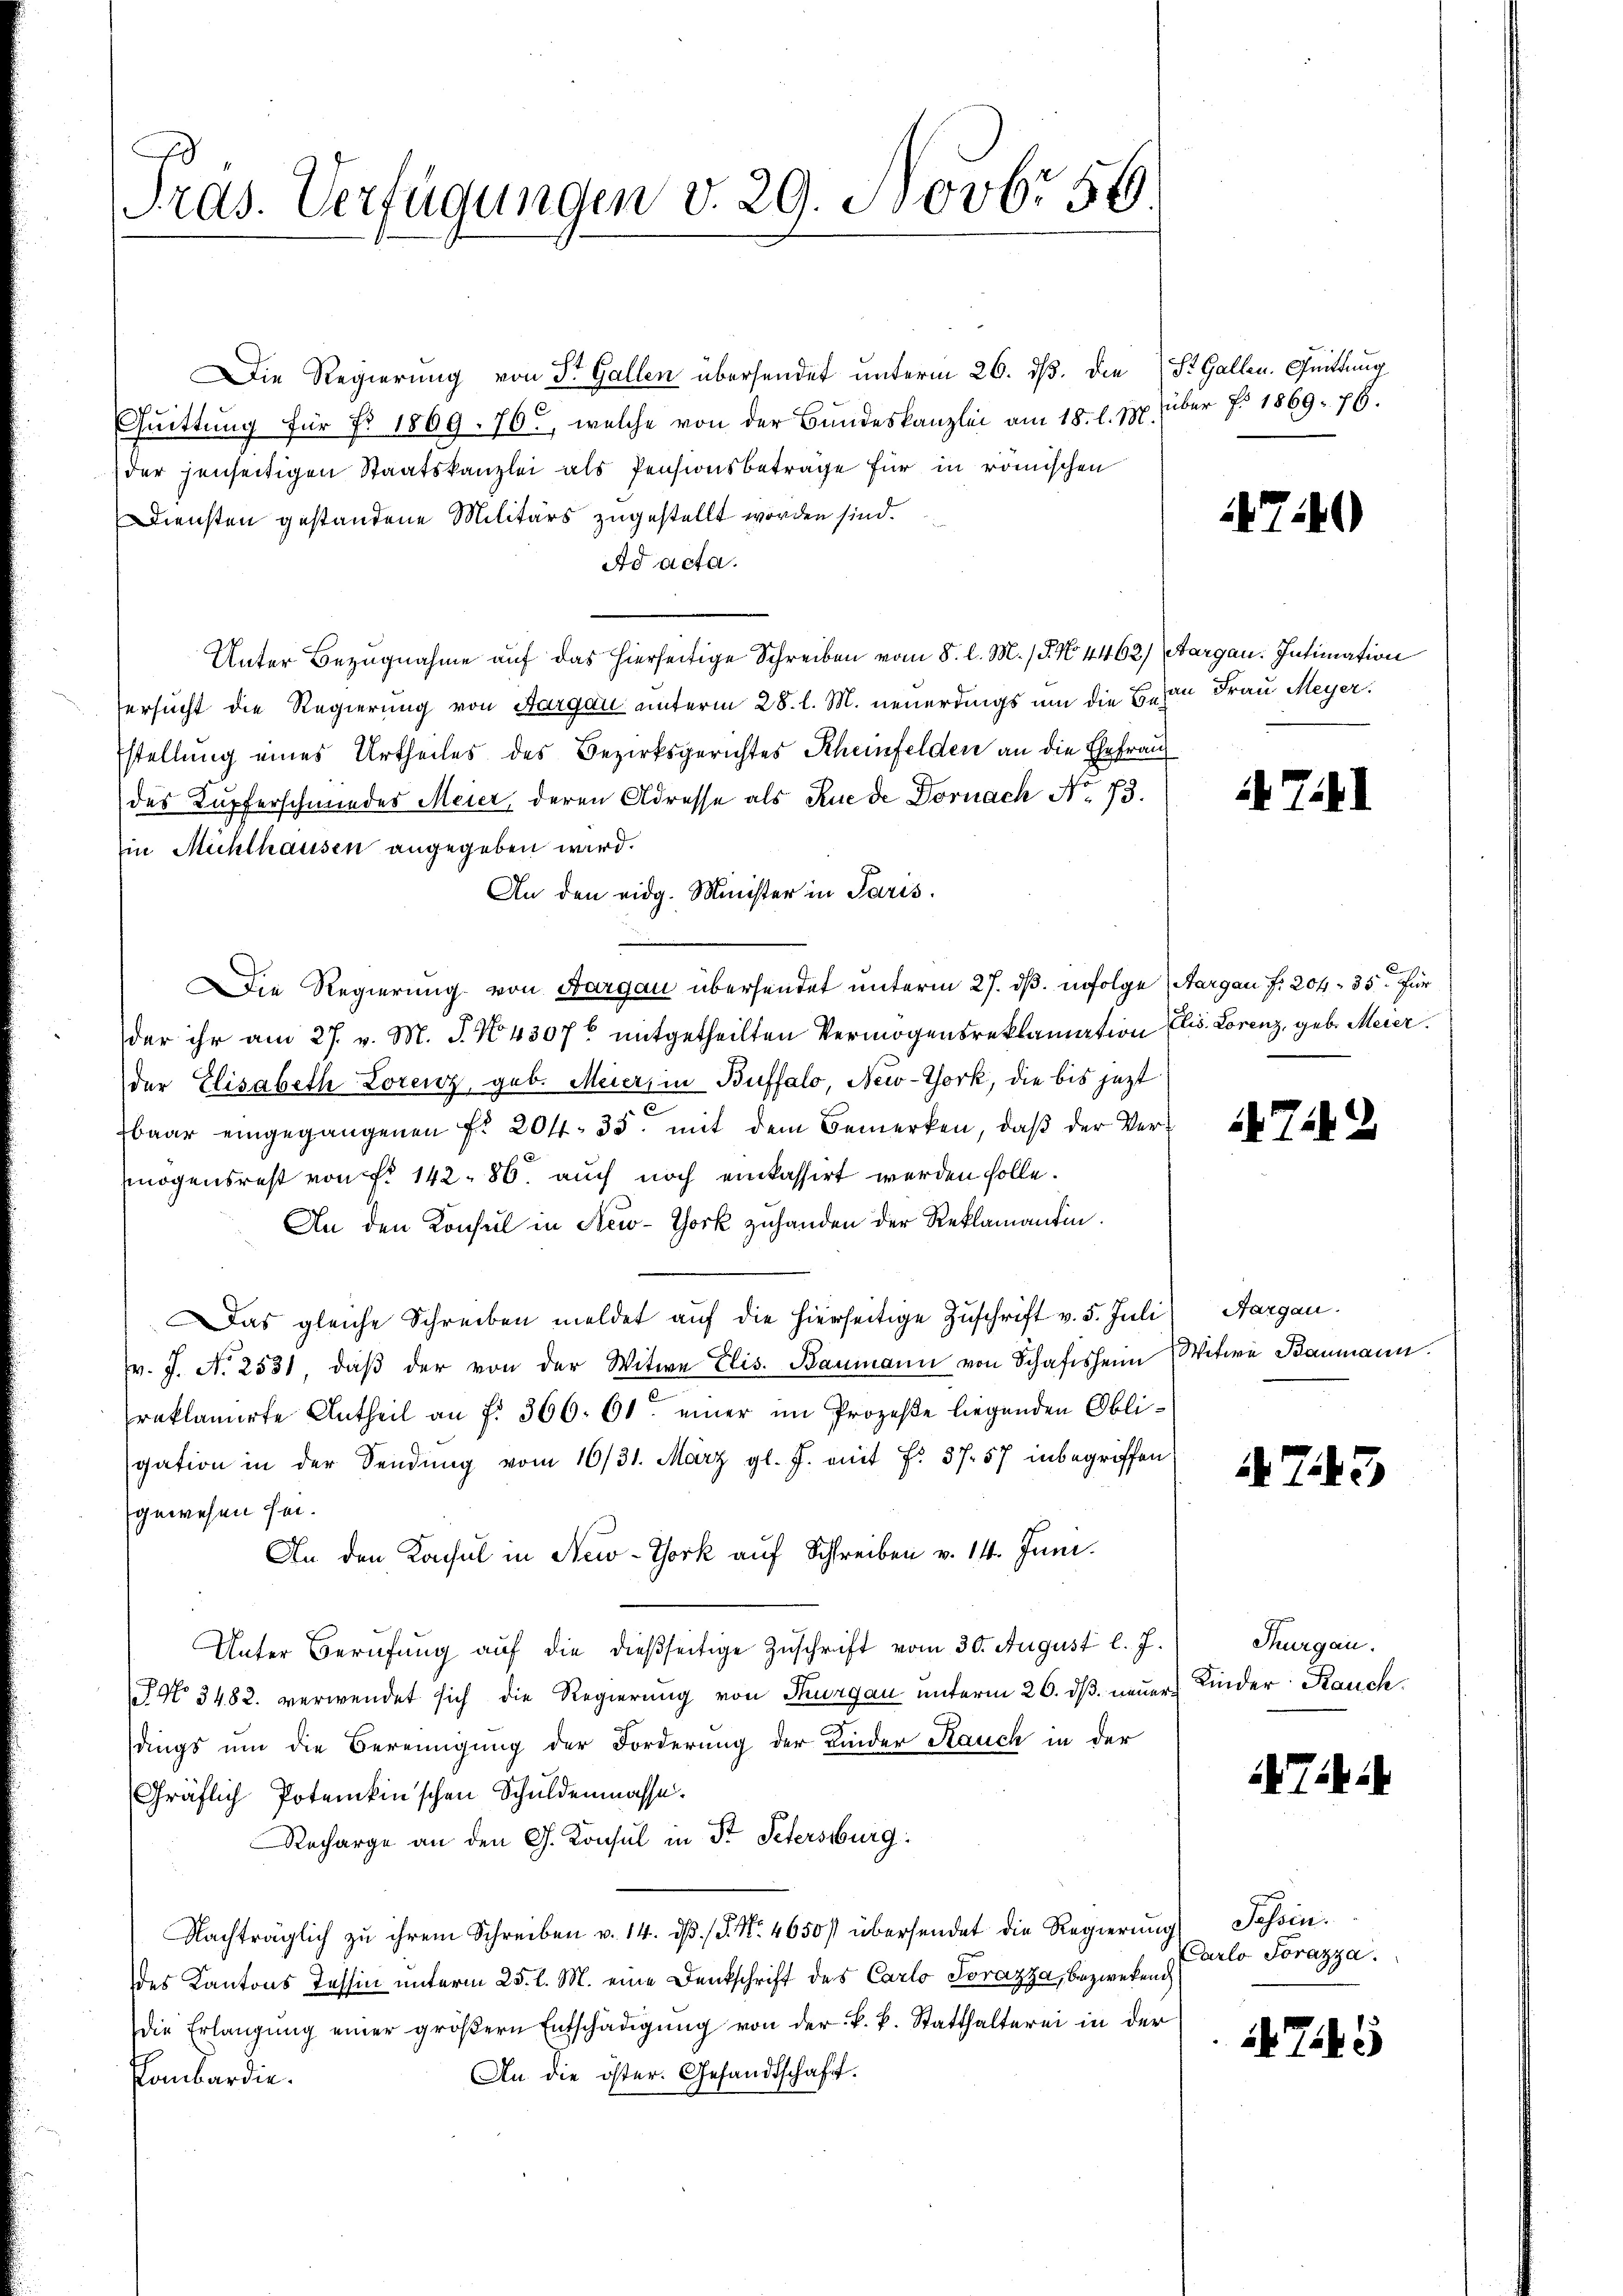
Pras. Verfügungen v. 29. Novbr 56

Die Regierung von Dr. Gallen übersendet unterm 26. dß. Die St. Gallen. Quittung
Cŭittŭng für Fr. 1869. 76, welche von der Bundeskanzlei am 18. l. 10. über f. 1869. 76.
der jenseitigen Staatskanzlei als Pensionsbeträge für in römischen
Diensten gestandene Militärs zugestellt worden sind.
Ad acta.
Unter Bezugnahme auf das hierseitige Schreiben vom 8. l. M. / P. No. 4462) Aargau. Intimation
ersucht die Regierung von Aargau unterm 28. l. M. neuerdings um die B. von Frau Meyer.
stellung eines Urtheiles des Bezirksgerichtes Rheinfelden an die Ehefrau
des Kupferschmiedes Meier deren Adresse als Rue de Dornach No. 73.
Ein Mühlhausen angegeben wird.
An den eidg. Minister in Paris.
Die Regierung von Aargau übersendet unterm 27. ds. infolge Aargau f. 204. 35 für
der ihr am 27. v. M. J. N. 43076 mitgetheilten Vermögensreklamation Elis. Lorenz, geb. Meier.
der Elisabeth Lorenz, geb. Meier, in Buffalo, New-York, die bis jetzt
s
baar eingegangenen Fr. 204. 35. mit dem Bemerken, daß der Vermögensrest von fr. 142. 86. auch noch einkassirt werden solle.
An den Konsul in New-York zuhanden der Reklamantin.
as gleiche Schreiben meldet auf die hierseitige Zuschrift v. 5. Juli
v. J. N. 2531, daβ der von der Witwe Elis. Baumann von Schafisheim Witwe Baumann.
reklamirte Antheil an f. 366. 61. einer im Prozeße liegenden Obligation in der Sendung vom 16/31. März gl. J. mit f. 37. 57 inbegriffen
gewesen sei.
An den Konsul in New-York auf Schreiben v. 14. Juni.
Unter Berufung auf die dießseitige Zuschrift vom 30. August l. J.
J No 3482. verwendet sich die Regierung von Thurgau unterm 26. dß. neuerdings um die Bereinigung der Forderung der Kinder Kauch in der
Gräflich Potenkin'schen Schuldenmasse.
Recharge an den G. Konsul in St. Petersburg
Nachträglich zu ihrem Schreiben v. 14. dβ. (S. Nr. 4650/ übersendet die Regierŭng Tessin.
des Kantons Tessin unterm 25. l. M. eine Denkschrift des Carlo Torazza, bezwekend
die Erlangŭng einer gröβern Entschädigŭng von der k. k. Statthalterei in der
An die öster. Gesandtschaft.
Pombardin.

470

i Till

742

Aargau.

A73

Thurgau.
Kinder Rauch.

Ti

Carlo Forazza.

75